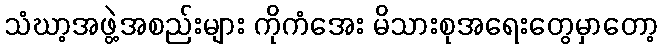
သံဃာ့အဖွဲ့အစည်းများ ကိုကံအေး မိသားစုအရေးတွေမှာတော့